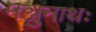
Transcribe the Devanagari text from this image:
मञ्जुनाथः